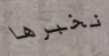
نخبرها